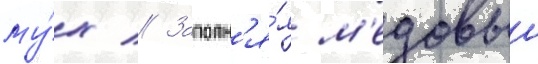
му́х // Заполн'я́я м'едовыи